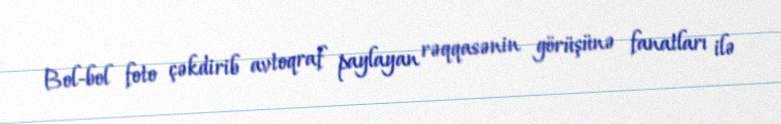
Bol-bol foto çəkdirib avtoqraf paylayan rəqqasənin görüşünə fanatları ilə